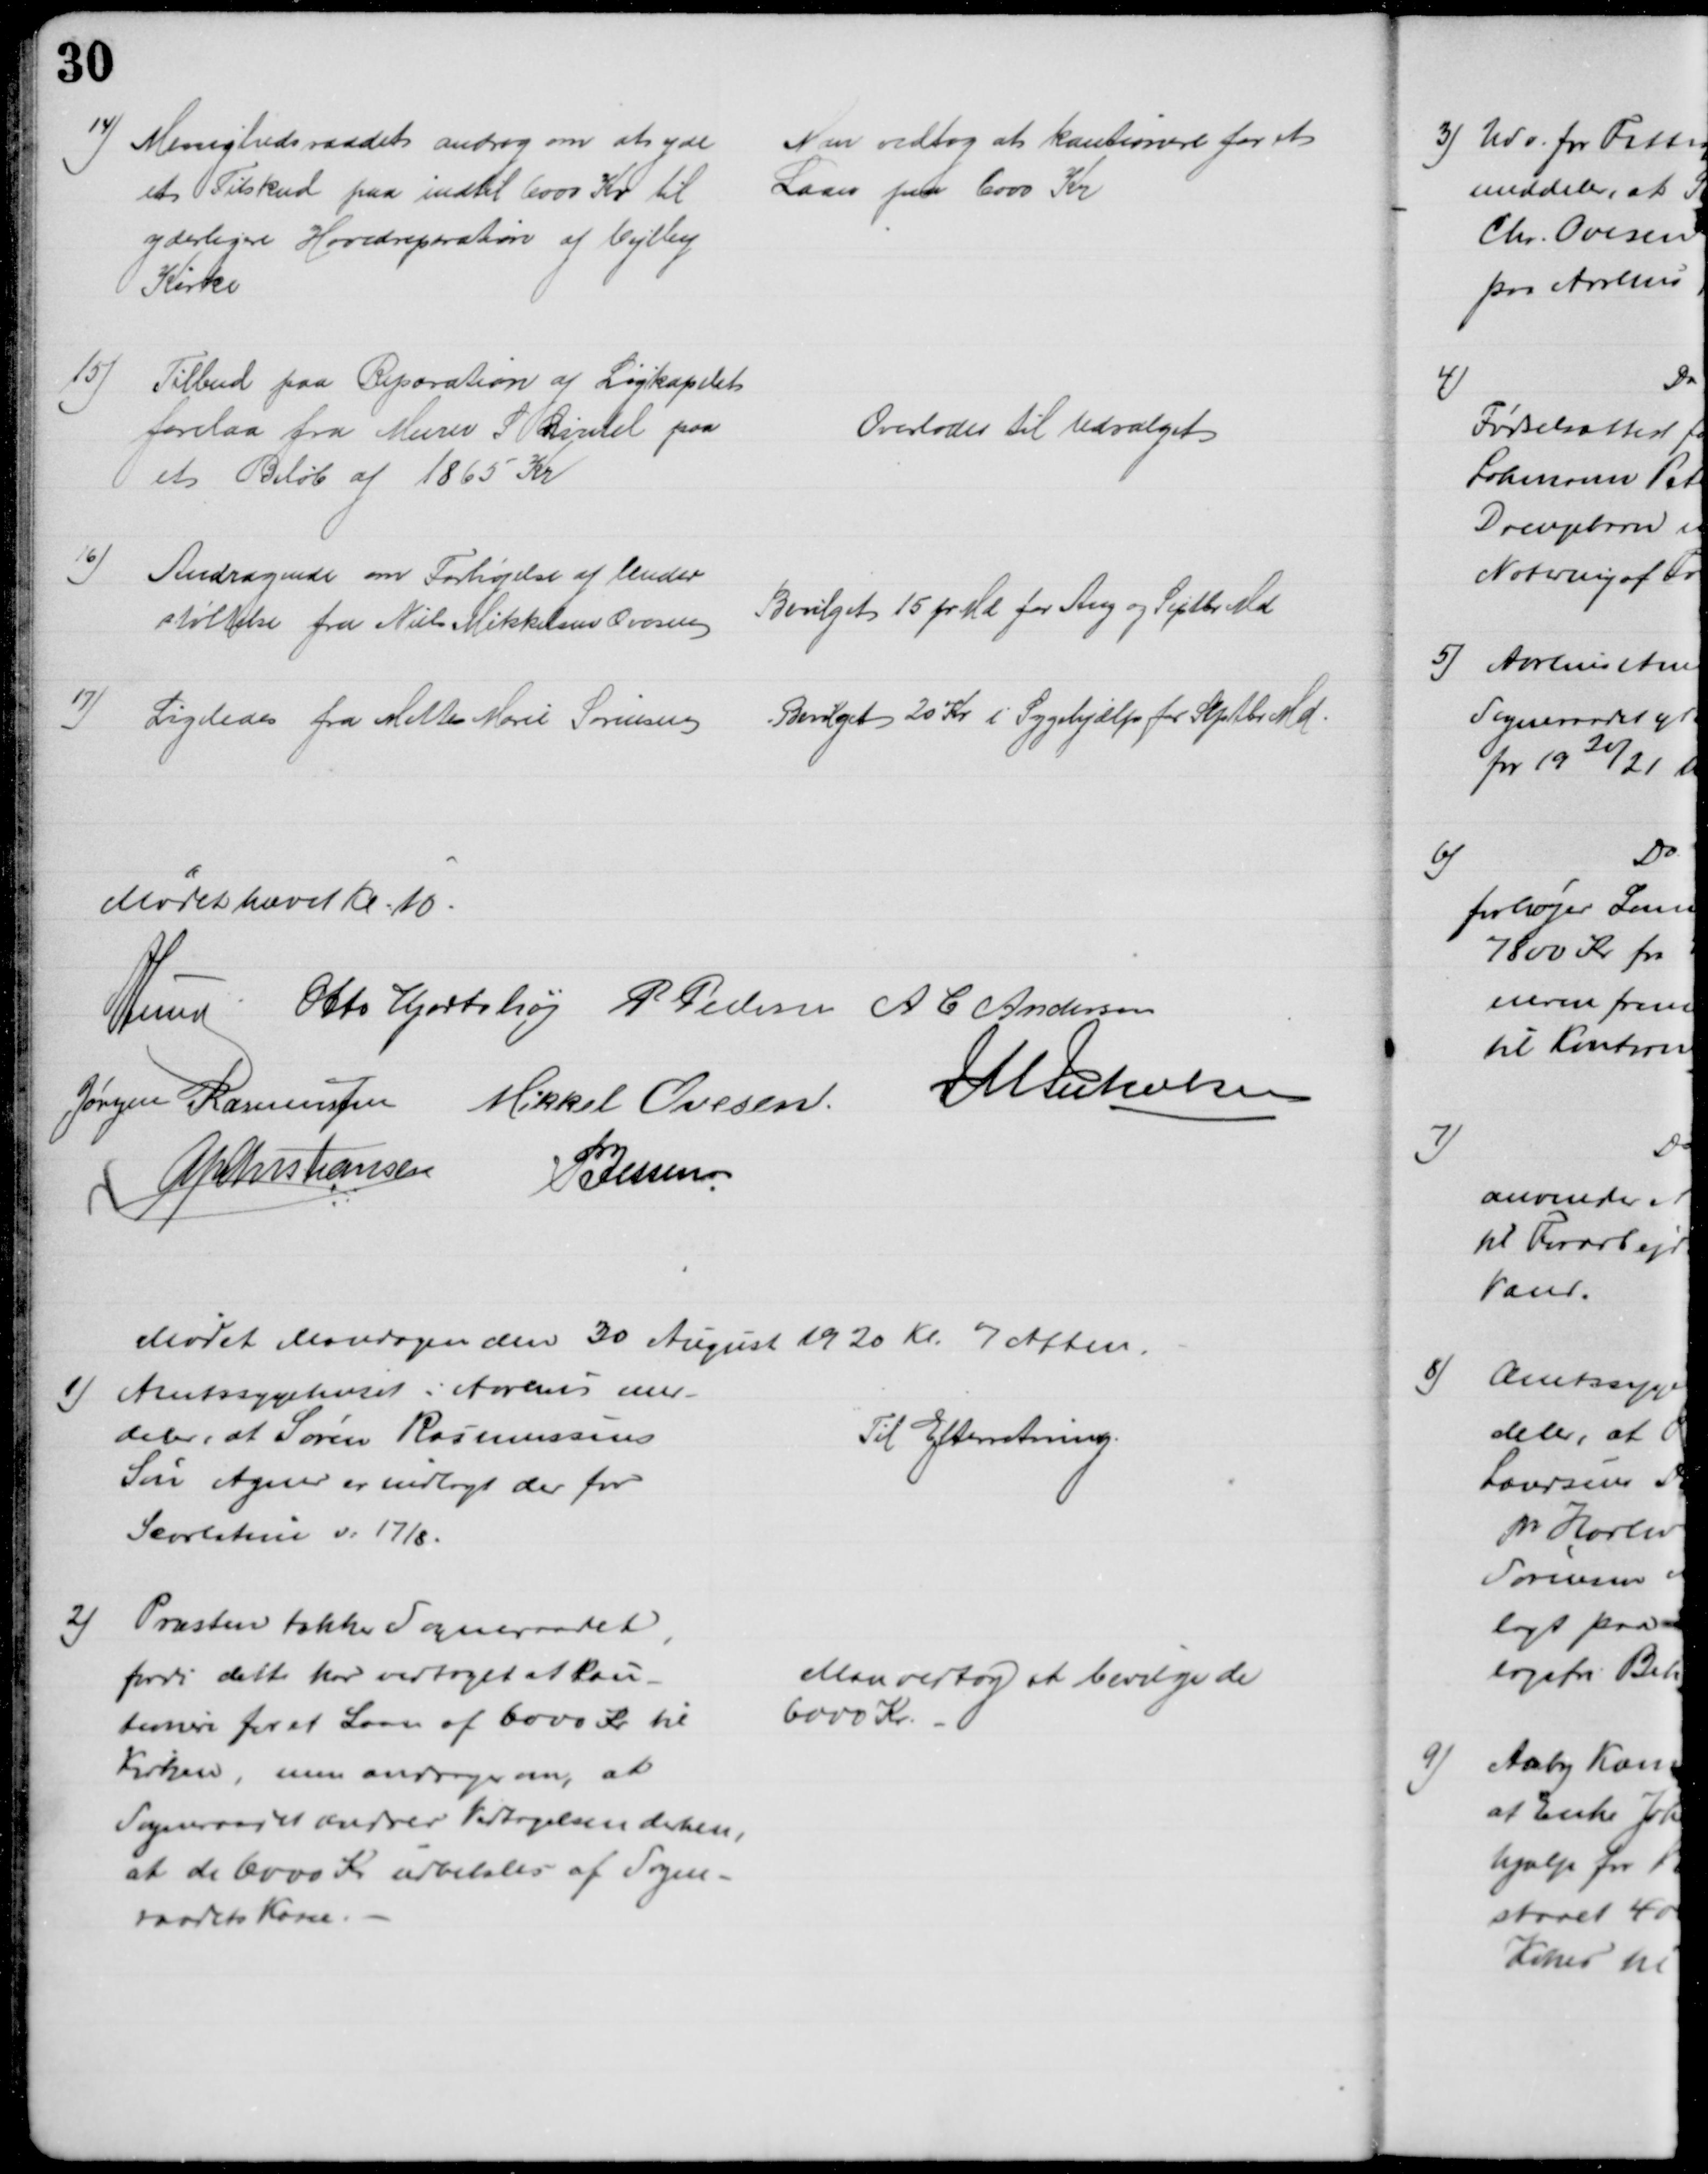
Transskription:
14) Menighedsraadet androg om at yde
et Tilskud paa indtil 6000 Kr til
yderligere Hovedreparation af Vejlby
Kirke
Man vedtog at kautionere for et 
Laan paa 6000 Kr
15) Tilbud paa Reparation af Ligkapelet
forelaa fra Murer S Qvintel paa
et Beløb af 1865 Kr
Overlodes til Udvalget 
16) Andragende om Forhøjelse af Under
støttelse fra Niels Mikkelsen Ovesen
Bevilget 15 pr Md for Aug og Septbr Md
17)
Ligeledes fra Mette Marie Sørensen
Bevilget 20 Kr i Sygehjælp for Septbr Md.
Mødet hævet Kl. 10.
A Lund Otto Hjortshøj P Pedersen A C Andersen
Jørgen Rasmussen Mikkel Ovesen J M Jakobsen
A P Christiansen
P Jessen
Mødet Mandagen den 30 August 1920 Kl. 7 Aften.
1) Amtssygehuset i Aarhus med-
deler, at Søren Rasmussens
Søn Agner er indlagt der for
Scarlatina d: 17/8.
Til Efterretning.
2) Præsten takker Sogneraadet,
fordi dette har vedtaget at kau-
tionere for et Laan af 6000 Kr til
Kirken, men andrager om, at
Sogneraadet ændrer Vedtagelsen derhen,
at de 6000 Kr udbetales af Sogne-
raadets Kasse.
Man vedtog at bevilge de
6000 Kr.